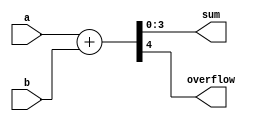
module add2(a, b, sum, overflow);

	input [3:0] a, b;	
	output [3:0] sum;	
	output overflow;	//
	assign {overflow,sum} = a + b;	//sumoverflow

endmodule